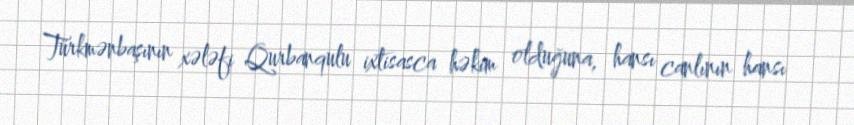
Türkmənbaşının xələfi Qurbanqulu ixtisasca həkim olduğuna, hansı canlının hansı